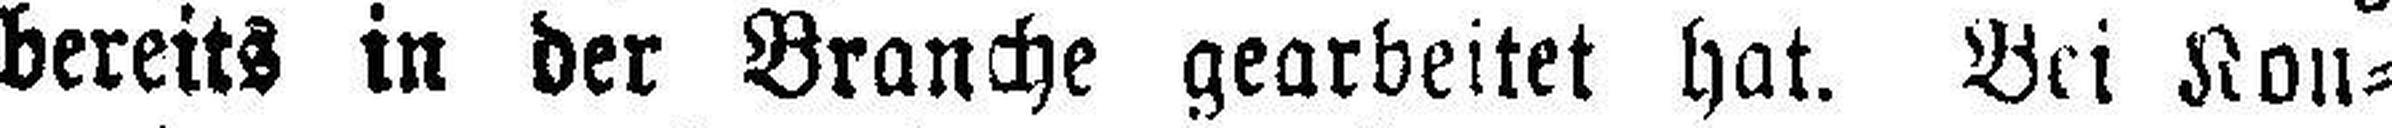
bereits in der Branche gearbeitet hat. Bei Kon¬